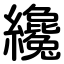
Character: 纔